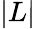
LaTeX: |L|